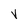
Character: V